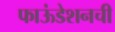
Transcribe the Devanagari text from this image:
फाऊंडेशनची